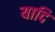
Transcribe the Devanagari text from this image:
यादि